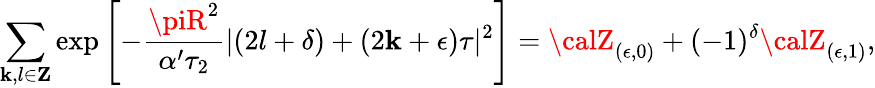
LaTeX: \sum_{\mathbf{k},l\in{\mathbf{Z}}}\exp\left[-\frac{{\piR^{2}}}{{\alpha^{\prime}\tau_{2}}}|(2l+\delta)+(2\mathbf{k}+\epsilon)\tau|^{2}\right]={\calZ}_{(\epsilon,0)}+(-1)^{\delta}{\calZ}_{(\epsilon,1)},